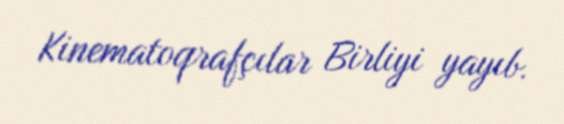
Kinematoqrafçılar Birliyi yayıb.